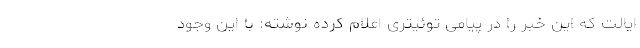
ایالت که این خبر را در پیامی توئیتری اعلام کرده نوشته: با این وجود